Report on plague and inoculation in the Punjab from October 1st ... to September 30th..., being the ... season of plague in the province
Disease focus: Plague
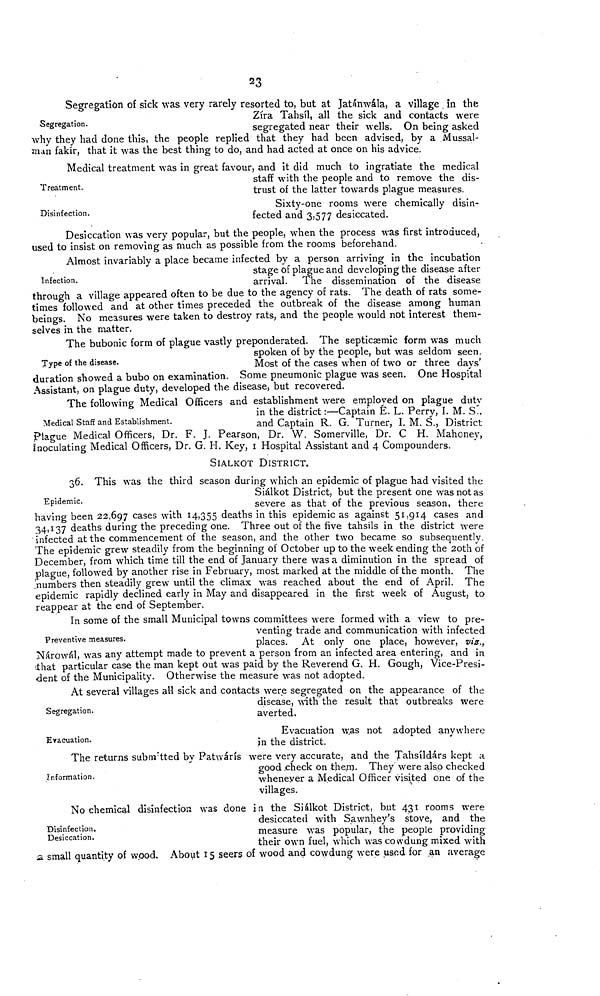
23
Segregation.
Segregation of sick was very rarely resorted to, but at Jatánwála, a village in the
Zíra Tahsíl, all the sick and contacts were
segregated near their wells. On being asked
why they had done this, the people replied that they had been advised, by a Mussal-
man fakir, that it was the best thing to do, and had acted at once on his advice.
Treatment.
Medical treatment was in great favour, and it did much to ingratiate the medical
staff with the people and to remove the dis-
trust of the latter towards plague measures.
Disinfection.
Sixty-one rooms were chemically disin-
fected and 3,577 desiccated.
Desiccation was very popular, but the people, when the process was first introduced,
used to insist on removing as much as possible from the rooms beforehand.
Infection.
Almost invariably a place became infected by a person arriving in the incubation
stage of plague and developing the disease after
arrival. The dissemination of the disease
through a village appeared often to be due to the agency of rats. The death of rats some-
times followed and at other times preceded the outbreak of the disease among human
beings. No measures were taken to destroy rats, and the people would not interest them-
selves in the matter.
Type of the disease.
The bubonic form of plague vastly preponderated. The septicaemic form was much
spoken of by the people, but was seldom seen.
Most of the cases when of two or three days'
duration showed a bubo on examination, borne pneumonic plague was seen. One Hospital
Assistant, on plague duty, developed the disease, but recovered.
Medical Staff and Establishment.
The following Medical Officers and establishment were employed on plague duty
in the district :—Captain E. L. Perry, I. M. S.,
and Captain R. G. Turner, I. M. S., District
Plague Medical Officers, Dr. F. J. Pearson, Dr. W. Somerville, Dr. C H. Mahoney,
inoculating Medical Officers, Dr. G. H. Key, i Hospital Assistant and 4 Compounders.
SiALKOT DISTRICT.
Epidemic.
36. This was the third season during which an epidemic of plague had visited the
Siálkot District, but the present one was not as
severe as that of the previous season, there
having been 22,697 cases with 14,355 deaths in this epidémicas against 51,914 cases and
34,137 deaths during the preceding one. Three out of the five tahsils in the district were
infected at the commencement of the season, and the other two became so subsequentlv.
The epidemic grew steadily from the beginning of October up to the w r eek ending the 20th of
December, from which time till the end of January there was a diminution in the spread of
plague, followed by another rise in February, most marked at the middle of the month. The
.'numbers then steadily grew until the climax was reached about the end of April. The
epidemic rapidly declined early in May and disappeared in the first week of August, to
reappear at the end of September.
Preventive measures.
In some of the small Municipal towns committees were formed with a view to pre-
venting trade and communication with infected
places. At only one place, however, viz.,
Nárowál, was any attempt made to prevent a person from an infected area entering, and in
¡that particular case the man kept out was paid by the Reverend G. H. Gough, Vice-Presi-
dent of the Municipality. Otherwise the measure was not adopted.
Segregation.
At several villages all sick and contacts were segregated on the appearance of the
disease, with the result that outbreaks were
averted.
Evacuation.
Evacuation was not adopted anywhere
in the district.
Information.
The returns subnvtted by Patwárís were very accurate, and the Tahsxldárs kept a
good .check on the.m. They were also checked
whenever a Medical Officer visited one of the
villages.
Disinfection.
Desiccation.
No chemical disinfection was done in the Siálkot District, but 431 rooms were
desiccated with Sawnhey's stove, and the
measure was popular, the people providing
their own fuel, which was co wdung mixed with
a small quantity of wood. About 15 seers of wood and cowdung were used for an average